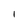
Character: l